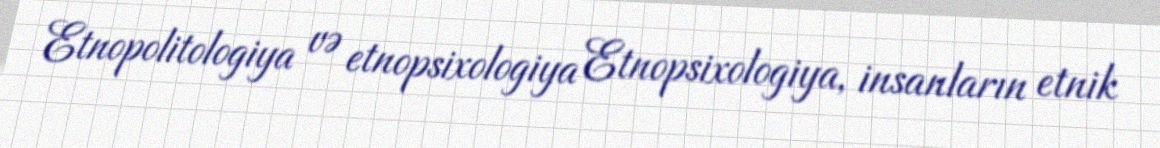
Etnopolitologiya və etnopsixologiya Etnopsixologiya, insanların etnik